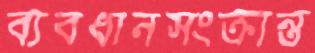
ব্যবধানসংক্রান্ত